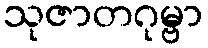
သုဇာတဂုမ္ဗာ